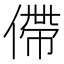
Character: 僀